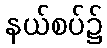
နယ်စပ်၌